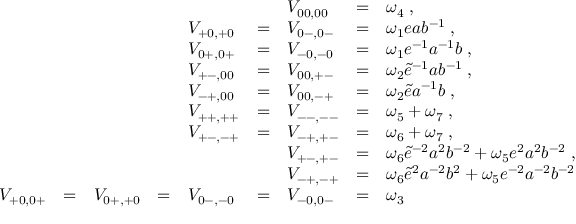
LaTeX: \begin{array} { l l l l l l l l l } { { } } & { { } } & { { } } & { { } } & { { } } & { { } } & { { V _ { 0 0 , 0 0 } } } & { { = } } & { { \omega _ { 4 } \; , } } \\ { { } } & { { } } & { { } } & { { } } & { { V _ { + 0 , + 0 } } } & { { = } } & { { V _ { 0 - , 0 - } } } & { { = } } & { { \omega _ { 1 } e a b ^ { - 1 } \; , } } \\ { { } } & { { } } & { { } } & { { } } & { { V _ { 0 + , 0 + } } } & { { = } } & { { V _ { - 0 , - 0 } } } & { { = } } & { { \omega _ { 1 } e ^ { - 1 } a ^ { - 1 } b \; , } } \\ { { } } & { { } } & { { } } & { { } } & { { V _ { + - , 0 0 } } } & { { = } } & { { V _ { 0 0 , + - } } } & { { = } } & { { \omega _ { 2 } \tilde { e } ^ { - 1 } a b ^ { - 1 } \; , } } \\ { { } } & { { } } & { { } } & { { } } & { { V _ { - + , 0 0 } } } & { { = } } & { { V _ { 0 0 , - + } } } & { { = } } & { { \omega _ { 2 } \tilde { e } a ^ { - 1 } b \; , } } \\ { { } } & { { } } & { { } } & { { } } & { { V _ { + + , + + } } } & { { = } } & { { V _ { -- , -- } } } & { { = } } & { { \omega _ { 5 } + \omega _ { 7 } \; , } } \\ { { } } & { { } } & { { } } & { { } } & { { V _ { + - , - + } } } & { { = } } & { { V _ { - + , + - } } } & { { = } } & { { \omega _ { 6 } + \omega _ { 7 } \; , } } \\ { { } } & { { } } & { { } } & { { } } & { { } } & { { } } & { { V _ { + - , + - } } } & { { = } } & { { \omega _ { 6 } \tilde { e } ^ { - 2 } a ^ { 2 } b ^ { - 2 } + \omega _ { 5 } e ^ { 2 } a ^ { 2 } b ^ { - 2 } \; , } } \\ { { } } & { { } } & { { } } & { { } } & { { } } & { { } } & { { V _ { - + , - + } } } & { { = } } & { { \omega _ { 6 } \tilde { e } ^ { 2 } a ^ { - 2 } b ^ { 2 } + \omega _ { 5 } e ^ { - 2 } a ^ { - 2 } b ^ { - 2 } \; , } } \\ { { V _ { + 0 , 0 + } } } & { { = } } & { { V _ { 0 + , + 0 } } } & { { = } } & { { V _ { 0 - , - 0 } } } & { { = } } & { { V _ { - 0 , 0 - } } } & { { = } } & { { \omega _ { 3 } } } \end{array}